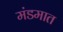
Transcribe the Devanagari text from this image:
मंडमात